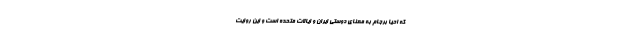
که احیا برجام به معنای دوستی ایران و ایالات متحده است و این روایت